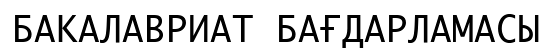
БАКАЛАВРИАТ БАҒДАРЛАМАСЫ